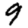
Digit: 9